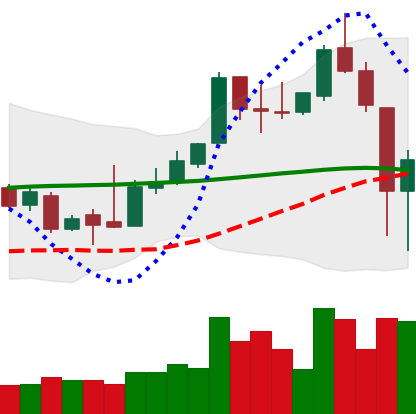
Ticker: XLM-USD
Chart end date: 2018-11-15
Forward return: -20.15%
Label: down_7plus